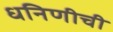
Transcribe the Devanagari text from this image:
धनिणीची